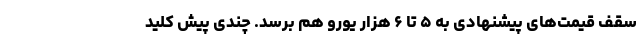
سقف قیمت‌های پیشنهادی به ۵ تا ۶ هزار یورو هم برسد. چندی پیش کلید